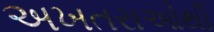
અખતરાઓથી